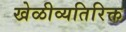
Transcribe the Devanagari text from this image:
खेळीव्यतिरिक्त